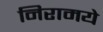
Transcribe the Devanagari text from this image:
निरामये